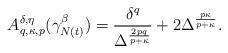
LaTeX: \begin{align*}A_{q,\kappa ,p}^{\delta ,\eta }(\gamma _{N(t)}^{\beta })=\frac{\delta ^{q}}{\Delta ^{\frac{2pq}{p+\kappa }}}+2\Delta ^{\frac{p\kappa }{p+\kappa }}.\end{align*}